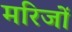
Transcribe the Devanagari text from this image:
मरिजों